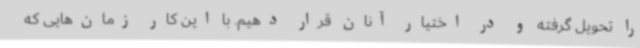
را تحویل گرفته و در اختیار آنان قرار دهیم. با این کار زمان‌هایی که